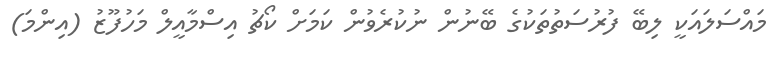
މައްސަލައަކީ ލިބޭ ފުރުސަތުތަކުގެ ބޭނުން ނުކުރެވުން ކަމަށް ކޯޗު އިސްމާއީލް މަހުފޫޒު (އިންމަ)